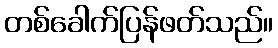
တစ်ခေါက်ပြန်ဖတ်သည်။